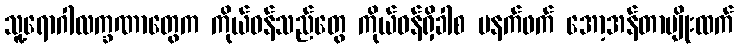
သူ့ရောဂါလက္ခဏာတွေက ကိုယ်ဝန်သည်တွေ ကိုယ်ဝန်ရှိခါစ မနက်ဖက် အော့အန်တာမျိုးထက်